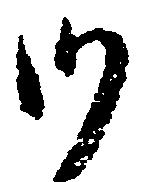
沙